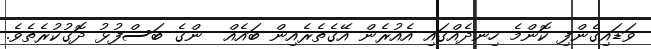
ވަޑައިގެންފި ކޮންމެ ހިނދެއްގައި އެއުރެން އޭގެތެރެއިން ބައެއް  ންގެ ބަސްފުޅު ދޮގުކުރެތެވެ.